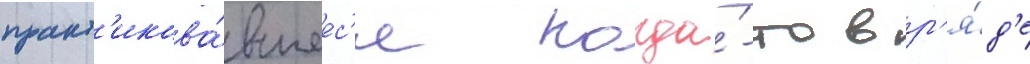
практ'икова́вшеес'я когда́-то в р'я́д'е